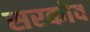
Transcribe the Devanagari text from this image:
सरकोव